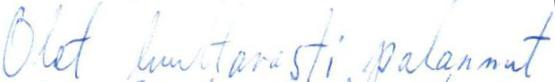
Olet luultavasti palannut